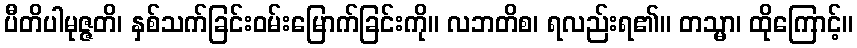
ပီတိပါမုဇ္ဇတိ၊ နှစ်သက်ခြင်းဝမ်းမြောက်ခြင်းကို။ လဘတိစ၊ ရလည်းရ၏။ တသ္မာ၊ ထိုကြောင့်။